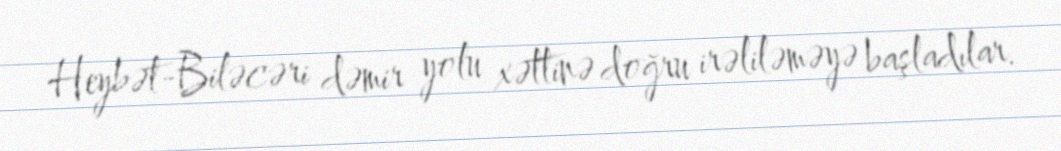
Heybət-Biləcəri dəmir yolu xəttinə doğru irəliləməyə başladılar.